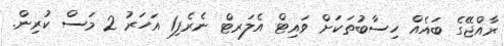
ރާއްޖޭގެ ބައެއް ހިސާބުތަކަށް ވައިޓް އެލަރޓް ނެރެފި1 އަހަރު 2 މަސް ކުރިން.